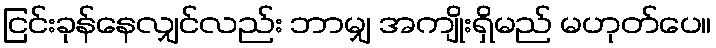
ငြင်းခုန်နေလျှင်လည်း ဘာမျှ အကျိုးရှိမည် မဟုတ်ပေ။